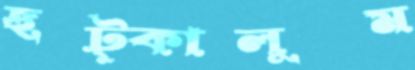
ছট্‌কালুম